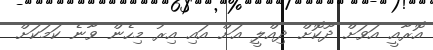
އޮރާއީ އަވަށް ދޫކޮށް ދިއްލީ އަށް އައި އިރު މިހެން ވާނެ ކަމަކަށް